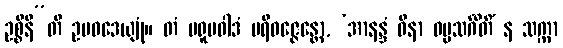
ဥစ္စိနီ”တိ ဥပဝဒေယျုံ။ တံ ပရူပဝါဒံ ပရိဝဇ္ဇေန္တော, ‘အာနန္ဒံ ဝိနာ ဓမ္မသင်္ဂီတိံ န သက္ကာ